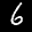
Label: 6